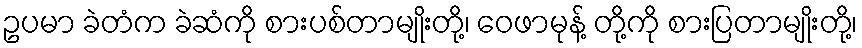
ဥပမာ ခဲတံက ခဲဆံကို စားပစ်တာမျိုးတို့၊ ဝေဖာမုန့် တို့ကို စားပြတာမျိုးတို့၊